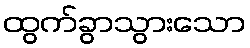
ထွက်ခွာသွားသော